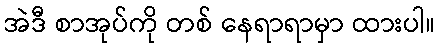
အဲဒီ စာအုပ်ကို တစ် နေရာရာမှာ ထားပါ။